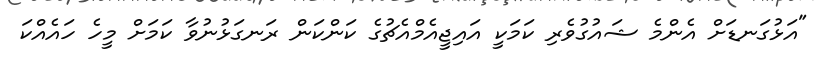
"އަޅުގަނޑަށް އެންމެ ޝައުގުވެރި ކަމަކީ އައިޖީއެމްއެޗުގެ ކަންކަން ރަނގަޅުނުވާ ކަމަށް މީހެ ހައެއްކަ